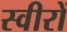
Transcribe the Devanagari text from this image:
स्वीरों